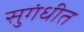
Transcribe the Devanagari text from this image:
सुगंधीत